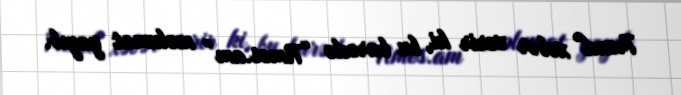
Trend" xəbər verir ki, bu barədə “Times.am” məlumat yayıb.